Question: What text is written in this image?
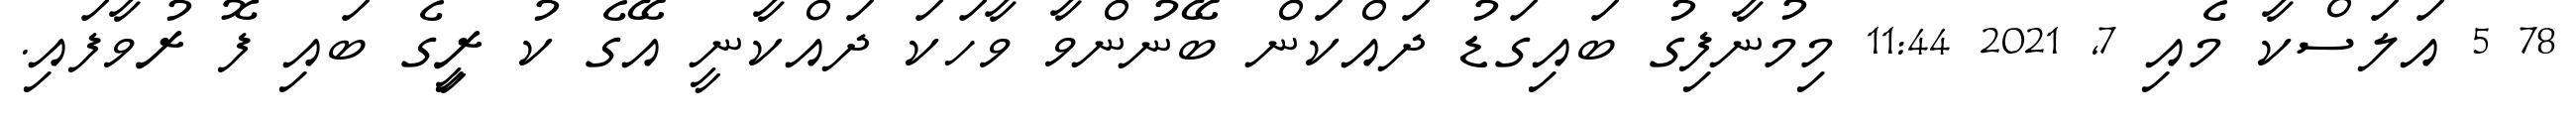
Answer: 78 5 އަލަސްކާ މެއި 7, 2021 11:44 މިމުނާފިގު ބައިގަޑު ދައްކަން ބޭނުންވާ ވާހަކަ ދައްކާނީ އޭގެ ކު ރީިގެ ބައި ފޮ ރުވާފައި.